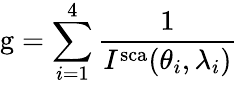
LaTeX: \mathrm{g}=\sum_{i=1}^{4}\frac{1}{I^{\mathrm{sca}}(\theta_{i},\lambda_{i})}